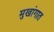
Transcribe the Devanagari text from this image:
मुखांगात